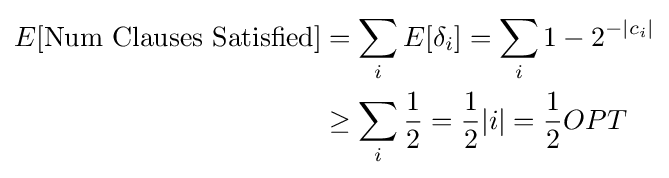
{\begin{aligned}E[{\text{Num Clauses Satisfied}}]&=\sum _{i}E[\delta _{i}]=\sum _{i}1-2^{-|c_{i}|}\\&\geq \sum _{i}{\frac {1}{2}}={\frac {1}{2}}|i|={\frac {1}{2}}OPT\end{aligned}}